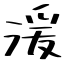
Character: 湲